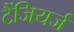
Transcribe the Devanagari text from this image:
टैंजियर्ज